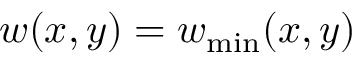
w ( x , y ) = w _ { \mathrm { m i n } } ( x , y )